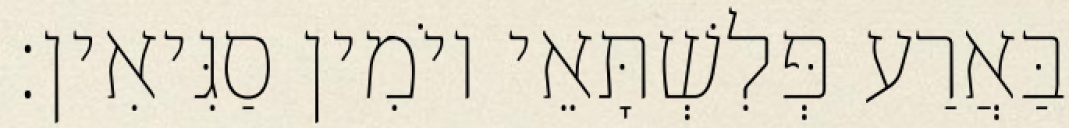
בַּאֲרַע פְּלִשְׁתָּאֵי יוֹמִין סַגִּיאִין׃